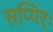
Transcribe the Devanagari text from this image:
सप्पिर्ः